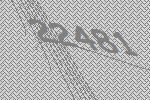
22481